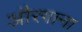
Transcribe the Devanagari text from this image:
औरगाना